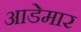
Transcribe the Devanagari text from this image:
आडेमार